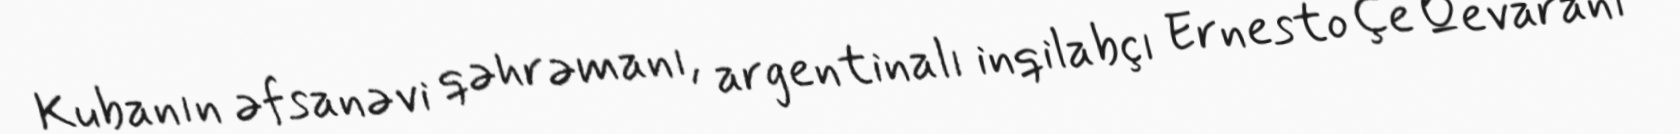
Kubanın əfsanəvi qəhrəmanı, argentinalı inqilabçı Ernesto Çe Qevaranı